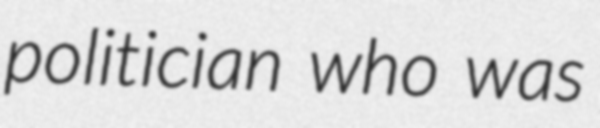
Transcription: politician who was